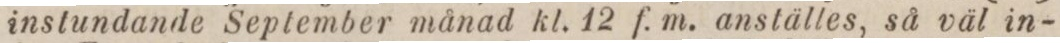
instundande September månad kl. 12 f. m. anställes, så väl in-